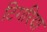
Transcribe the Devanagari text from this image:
टिगरिया